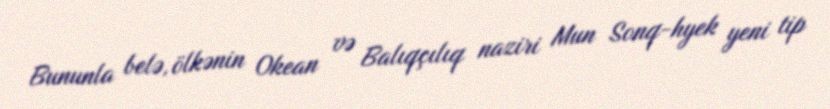
Bununla belə, ölkənin Okean və Balıqçılıq naziri Mun Sonq-hyek yeni tip